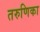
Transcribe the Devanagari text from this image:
तरुणिका